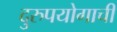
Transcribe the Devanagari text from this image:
दुरुपयोगाची